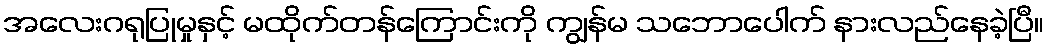
အလေးဂရုပြုမှုနှင့် မထိုက်တန်ကြောင်းကို ကျွန်မ သဘောပေါက် နားလည်နေခဲ့ပြီ။